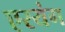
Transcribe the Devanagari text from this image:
एरयंग